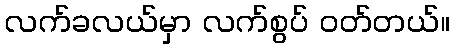
လက်ခလယ်မှာ လက်စွပ် ဝတ်တယ်။